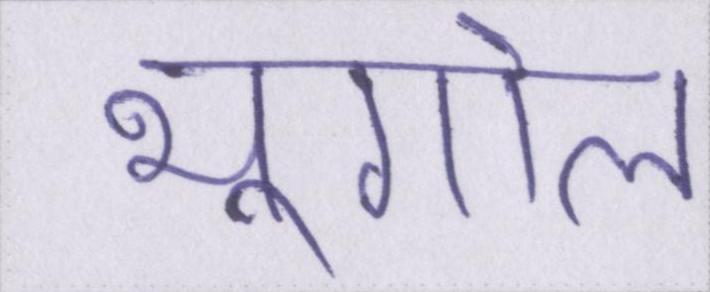
भूगोल